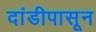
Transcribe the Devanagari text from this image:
दांडीपासून